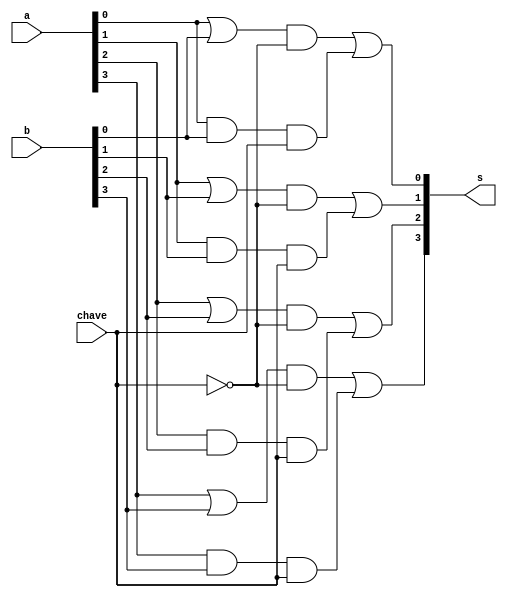
// -------------------------
// Exemplo0032 - OR e AND - 4 bits - Selecionvel
// Nome: Daniel Telles McGinnis
// -------------------------
// Previso:
// A sada sero as conjunes e as disjunes de cada bit dos
// dois operandos de 4 bits que servirem de entrada para subcircuito,
// lembrando que desta vez cada operao  feita uma de cada vez, no
// simultaneamente.
// Teste 1:
// Entradas: [a = 0011], [b = 0101], [primeiro: chave = 0, depois: chave = 1].
// Observaes da sada:
// A sada so duas linhas, uma para a conjuno feita bit a bit
// e outra para a disjuno feita bit a bit, como esperado.

module subcircuito (output [3:0] s,
                    input chave, input [3:0] a, input [3:0] b);
	wire [3:0] s_and;
	wire [3:0] s_or;
	wire chaveNegada;
	wire [3:0] intermedio1;
	wire [3:0] intermedio2;

	or D0 (s_or[0], a[0], b[0]);
	or D1 (s_or[1], a[1], b[1]);
	or D2 (s_or[2], a[2], b[2]);
	or D3 (s_or[3], a[3], b[3]);

	and A0 (s_and[0], a[0], b[0]);
	and A1 (s_and[1], a[1], b[1]);
	and A2 (s_and[2], a[2], b[2]);
	and A3 (s_and[3], a[3], b[3]);

	not S0 (chaveNegada, chave);

	and S1 (intermedio1[0], s_or[0], chaveNegada);
	and S2 (intermedio2[0], s_and[0], chave);
	or S3 (s[0], intermedio1[0], intermedio2[0]);
	
	and S4 (intermedio1[1], s_or[1], chaveNegada);
	and S5 (intermedio2[1], s_and[1], chave);
	or S6 (s[1], intermedio1[1], intermedio2[1]);
	
	and S7 (intermedio1[2], s_or[2], chaveNegada);
	and S8 (intermedio2[2], s_and[2], chave);
	or S9 (s[2], intermedio1[2], intermedio2[2]);

	and S10 (intermedio1[3], s_or[3], chaveNegada);
	and S11 (intermedio2[3], s_and[3], chave);
	or S12 (s[3], intermedio1[3], intermedio2[3]);

endmodule // subcircuito

module test_subcircuito;
	// ------------------------- definir dados
	reg chave;
	reg [3:0] x;
	reg [3:0] y;
	wire [3:0] s;
	subcircuito modulo (s, chave, x, y);
	// ------------------------- parte principal
	initial begin
		$display("Exemplo0032 - Daniel Telles McGinnis - 435042");
		$display("Test LU's module");
		x = 4'b0011;
		y = 4'b0101;
		chave = 0;
		#1 $display("chave = 0,  or(%3b, %3b) = %3b", x, y, s);
		chave = 1;
		#1 $display("chave = 1, and(%3b, %3b) = %3b", x, y, s);
	end
endmodule // test_subcircuito